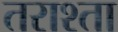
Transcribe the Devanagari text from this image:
तराश्ता